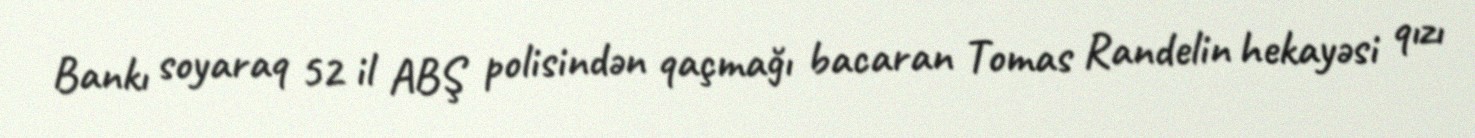
Bankı soyaraq 52 il ABŞ polisindən qaçmağı bacaran Tomas Randelin hekayəsi qızı